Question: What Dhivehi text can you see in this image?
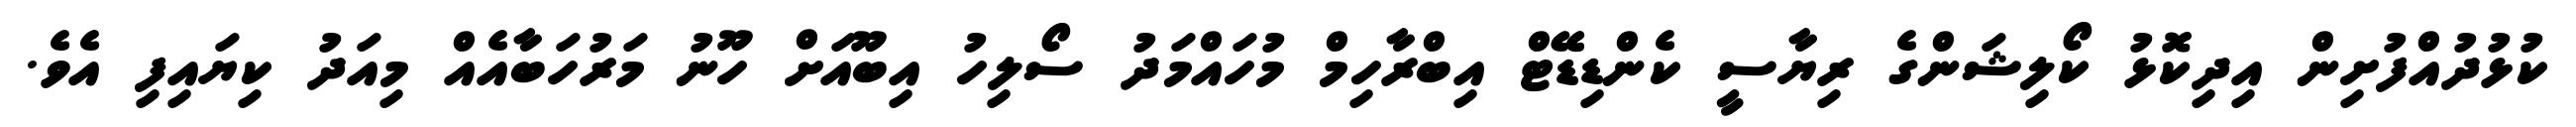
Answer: ކުޅުދުއްފުށިން އިދިކޮޅު ކޯލިޝަންގެ ރިޔާސީ ކެންޑިޑޭޓް އިބްރާހިމް މުހައްމަދު ސޯލިހު އިބޫއަށް ހޫނު މަރުހަބާއެއް މިއަދު ކިޔައިފި އެވެ.